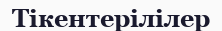
Тікентерілілер